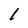
Character: l